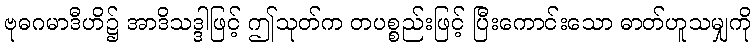
ဗုဓဂမာဒီဟိ၌ အာဒိသဒ္ဒါဖြင့် ဤသုတ်က တပစ္စည်းဖြင့် ပြီးကောင်းသော ဓာတ်ဟူသမျှကို